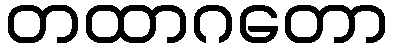
တထာဂတော